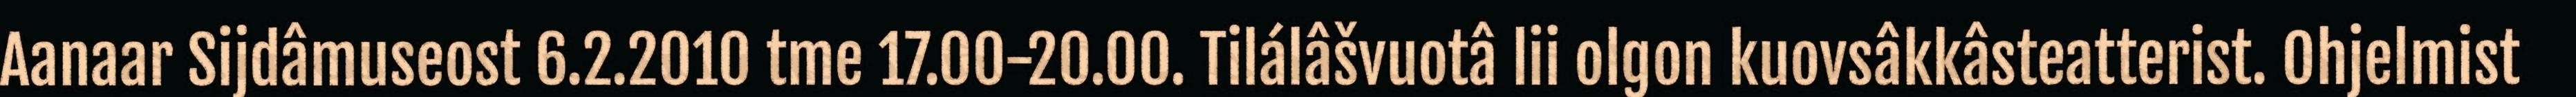
Aanaar Sijdâmuseost 6.2.2010 tme 17.00-20.00. Tilálâšvuotâ lii olgon kuovsâkkâsteatterist. Ohjelmist